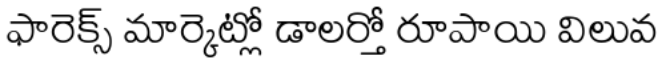
ఫారెక్స్ మార్కెట్లో డాలర్తో రూపాయి విలువ